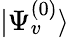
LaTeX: |\Psi_{v}^{(0)}\rangle